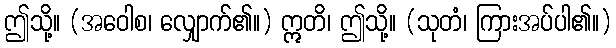
ဤသို့။ (အဝေါစ၊ လျှောက်၏။) ဣတိ၊ ဤသို့။ (သုတံ၊ ကြားအပ်ပါ၏။)